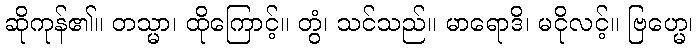
ဆိုကုန်၏။ တသ္မာ၊ ထိုကြောင့်။ တွံ၊ သင်သည်။ မာရောဒိ၊ မငိုလင့်။ ဗြဟ္မေ၊